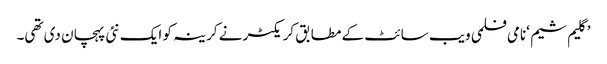
’گلیم شیم ‘نامی فلمی ویب سائٹ کے مطابق کریکٹر نے کرینہ کو ایک نئی پہچان دی تھی۔